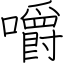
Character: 嚼